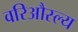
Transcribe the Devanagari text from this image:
वरिऔस्ल्य